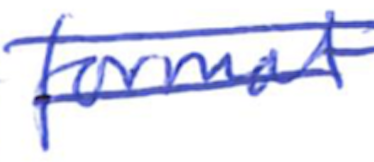
Text: format
Cross-out: mix
Writing tool: ballpoint